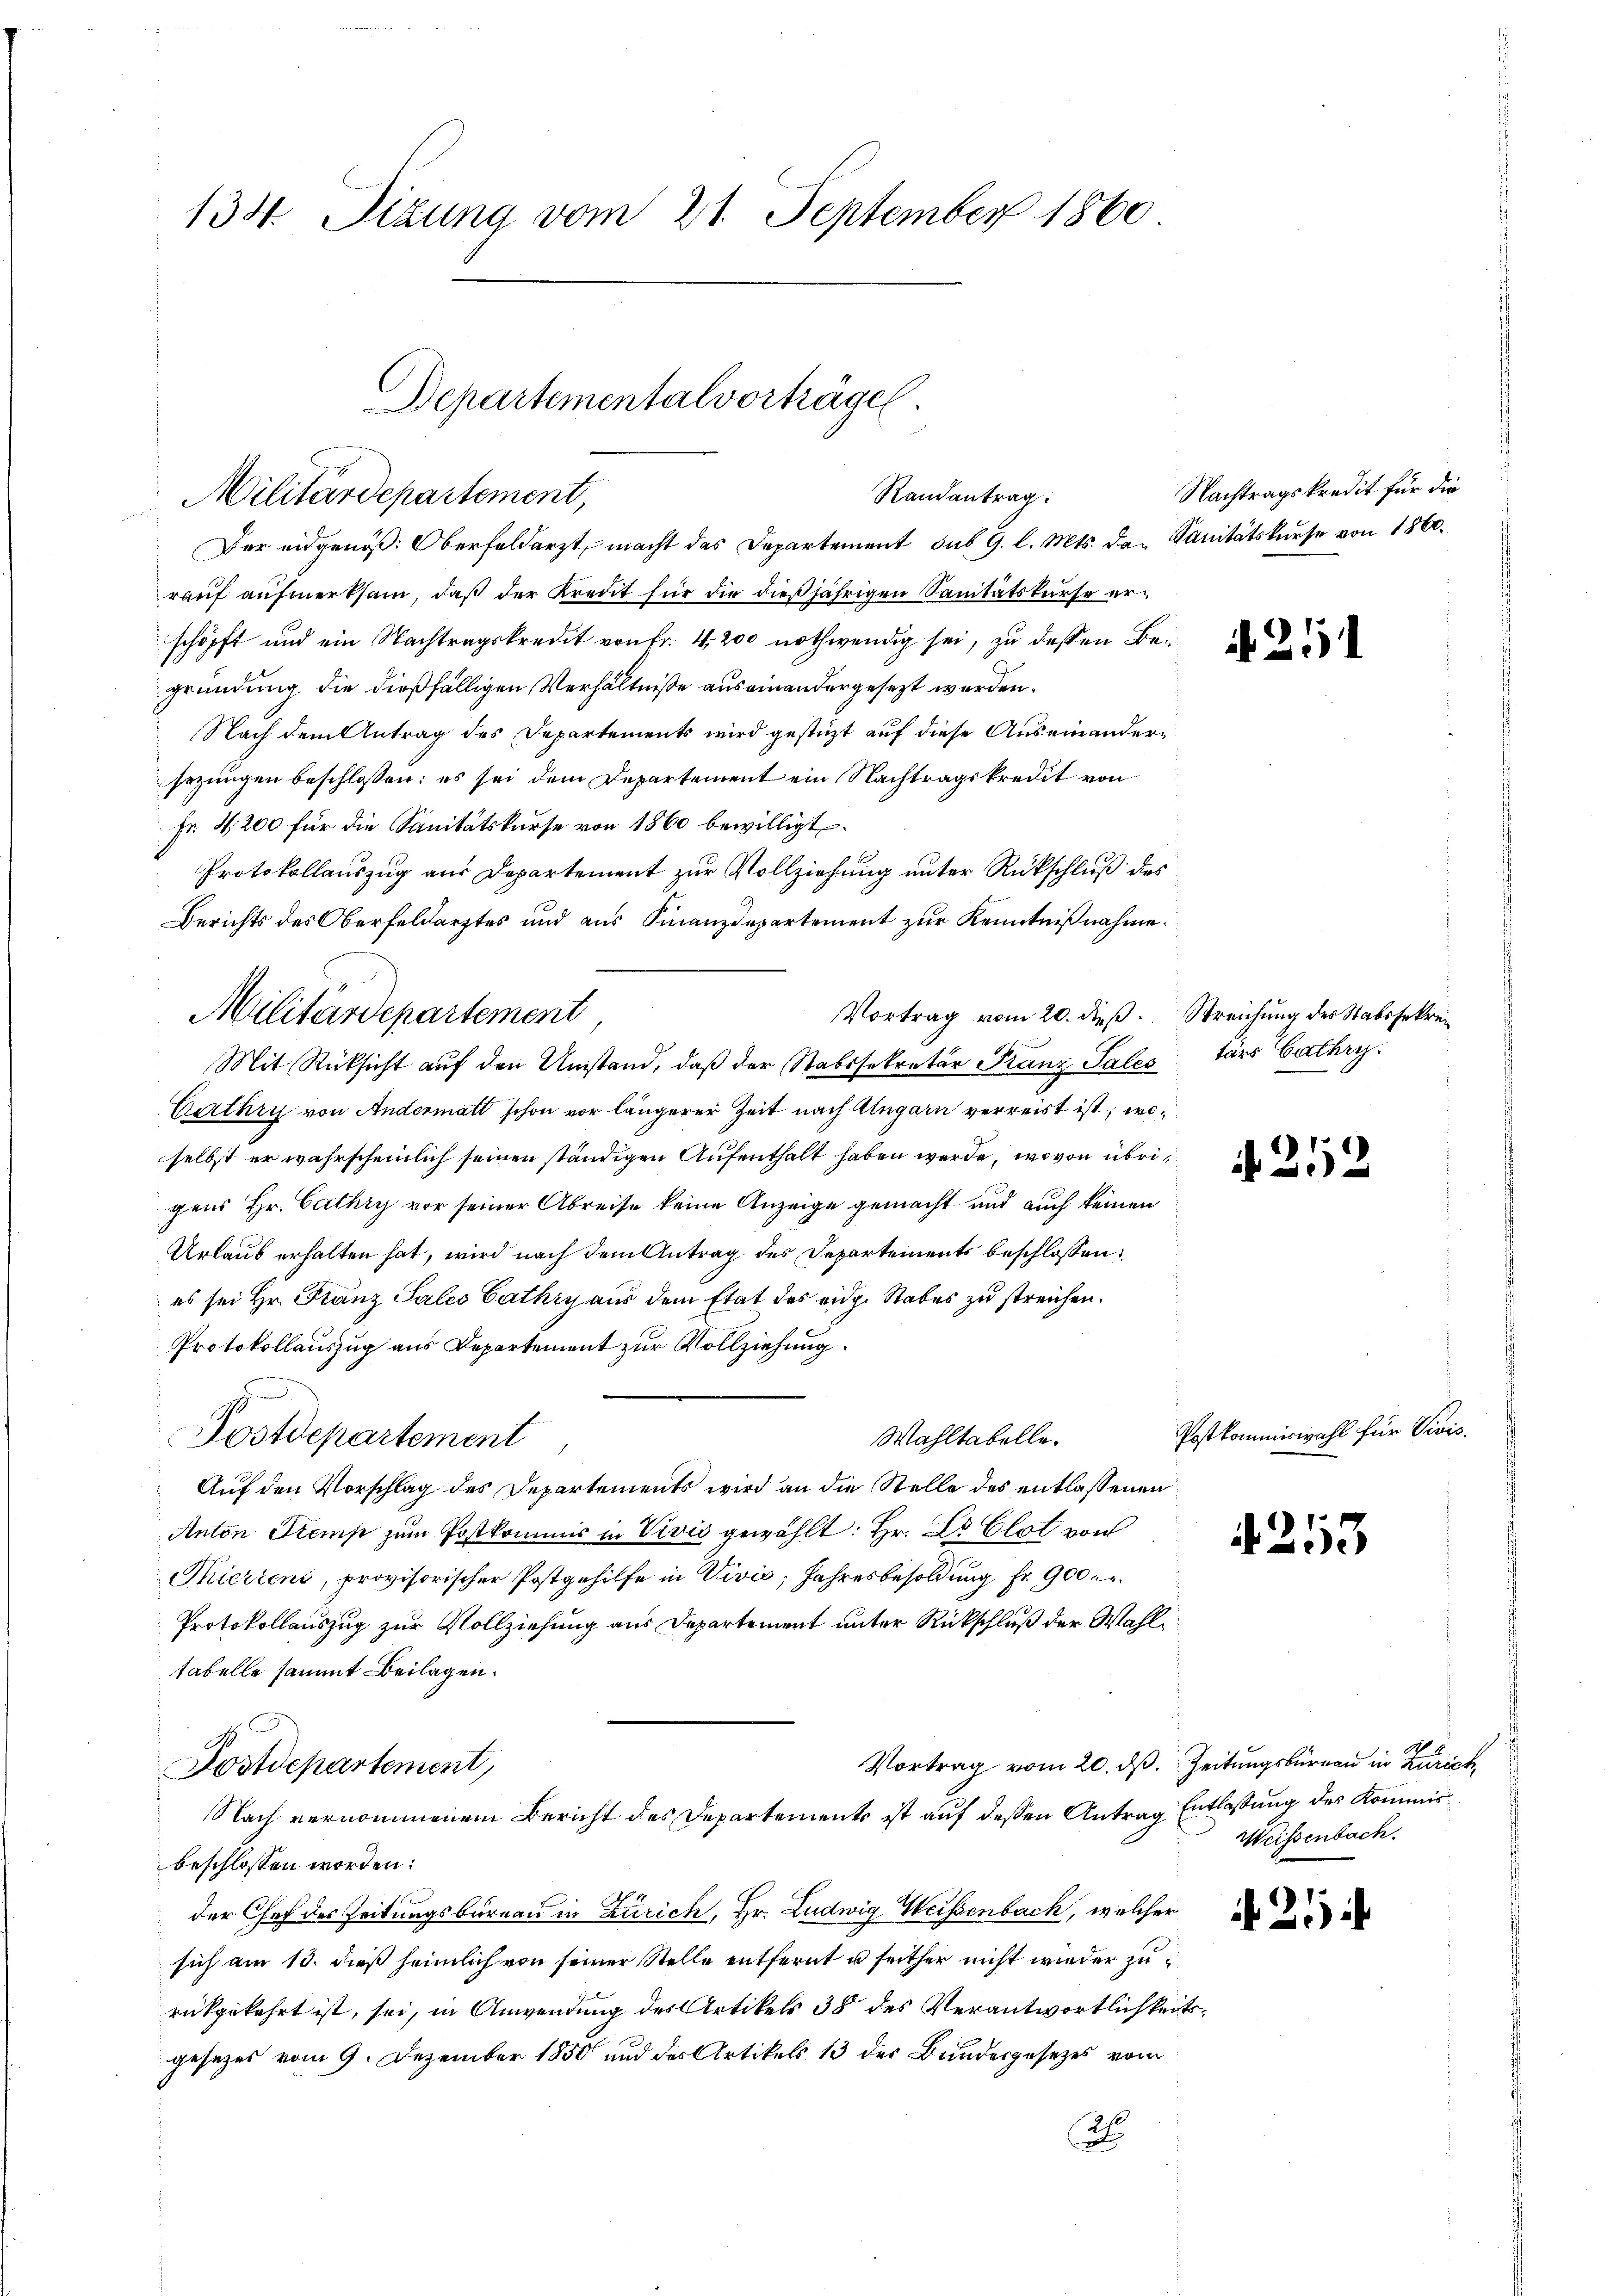
134 Sizung vom 21. September 1860

Der eidgenöß: Oberfeldert, macht das Departement sub 9. l. Mts. das Sanitätskurse von 1860.
rauf aufmerksam, daß der Kreut für die dießjährigen Sanitätskurse erschöpft und ein Nachtragskredit von Fr. 4 200 nothwendig sei, zu dessen Begründung die dießfälligen Verhältnisse aus einandergesezt werden.
Nach dem Antrag des Departements wird gestüzt auf diese Auseinandersezungen beschlossen: es sei dem Departement ein Nachtragskredit von
Fr. 4. 200 für die Sanitätskurse von 1860 bewilligt.
Protokollauszug aus Departement zur Vollziehung unter Rückschluß des
Berichts des Oberfeldarztes und aus Finanzdepartement zur Kenntnißnahme.
Vortrag vom 20. dieß
Mit Rücksicht auf den Umstand, daß der Stabssekretär Kranz Pales
Certhey von Andermatt schon vor längerer Zeit nach Ungarn verreist ist, woselbst er wahrscheinlich seinen ständigen Aufenthalt haben werde, wovon übrigens Hr. Cathry vor seiner Abreise keine Anzeige gemacht und auch keinen
Urlaub erhalten hat, wird nach dem Antrag des Departements beschlossen:
es sei Hr. Franz Sales Cathry aus dem Etat des eidg. Stabes zu streichen.
Protokollauszug aus Departement zur Vollziehung.
Wahltabelle.
Postdepartement
Auf den Vorschlag des Departements wird an die Stelle des entlassenen
Anton Stemp zum Postkommis in Vivić gewählt: Hr. Dr Clot von
Thierteni, provisorischer Postgehilfe in Vivić, Jahresbesoldung Fr. 900
Protokollauszug zur Vollziehung aus Departement unter Rückschluß der Wahltabelle sammt Beilagen.
Postdepartement,
Nach vernommenem Bericht des Departements ist auf dessen Antrag Entlassung des Kommisbeschlossen worden.
der Chef des Zeitungsbureau in Zürich, Hr. Ludwig Weisenbach, welcher
sich am 13. dieß heimlich von seiner Stelle entfernt u seither nicht wieder zurückgekehrt ist, sei, in Anwendung des Artikel 38 des Verantwortlichke
gesezes vom 9. Dezember 1850 und des Artikels 13 der Bundesgesezes vom
2

Militärdepartement

Departementalvorträge.
Randantrag:
Militärdepartement,

Nachtragskredit für die

Postkomme

it

A 251

Streichung des Stabssekrei
tärs Cathry.

252

4. 213

wahl für Civi

Vortrag vom 20. ds. Zeitungsbürgen in Zürich
Weisenbach.

21